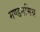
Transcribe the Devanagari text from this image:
मण्डनमिश्र